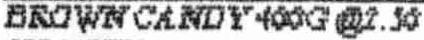
BROWN CANDY 400G @2.50